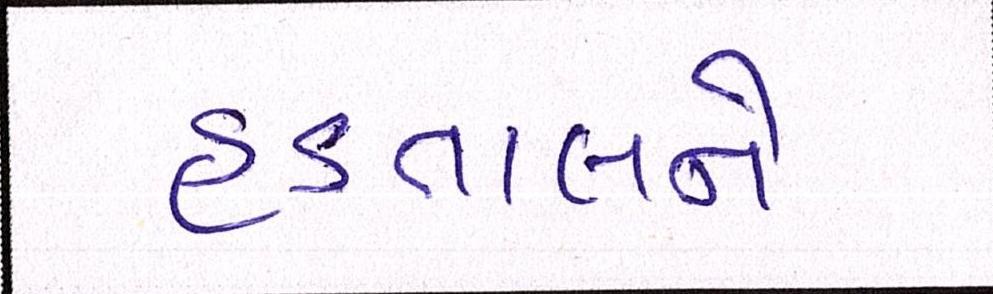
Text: હડતાલને